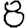
Digit: 8